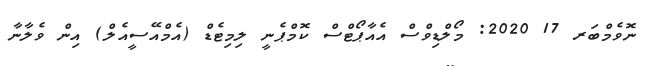
ނޮވެމްބަރ 17 2020: މޯލްޑިވްސް އެއާޕޯޓްސް ކޮމްޕެނީ ލިމިޓެޑް (އެމްއޭސީއެލް) އިން ވެލާނާ